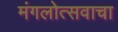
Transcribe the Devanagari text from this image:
मंगलोत्सवाचा